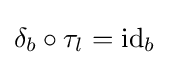
\delta _{b}\circ \tau _{l}=\operatorname {id} _{b}